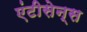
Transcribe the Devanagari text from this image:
एंटीसेन्स